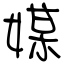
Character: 媒